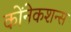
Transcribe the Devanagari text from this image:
कोंनेकशन्स